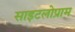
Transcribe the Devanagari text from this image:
साइटलोप्राम